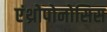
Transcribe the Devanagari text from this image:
एंथ्रोपोनोसिस